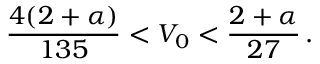
\frac { 4 ( 2 + \alpha ) } { 1 3 5 } < V _ { 0 } < \frac { 2 + \alpha } { 2 7 } \, .